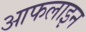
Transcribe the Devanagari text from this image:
आफलाइन